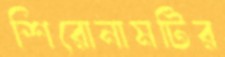
শিরোনামটির